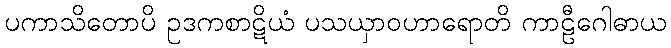
ပကာသိတောပိ ဥဒကစာဋိယံ ပသယှာဝဟာရောတိ ကာဠီဂေါဓာယ